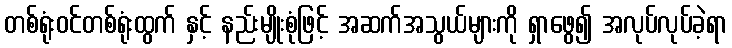
တစ်ရုံးဝင်တစ်ရုံးထွက် နှင့် နည်းမျိုးစုံဖြင့် အဆက်အသွယ်များကို ရှာဖွေ၍ အလုပ်လုပ်ခဲ့ရာ